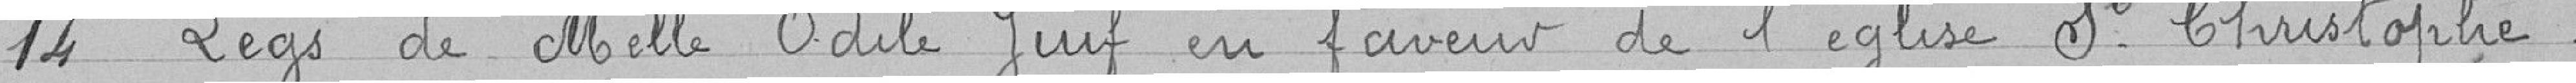
14 Legs de Melle Odile juif en faveur de l'église Saint-Christophe.